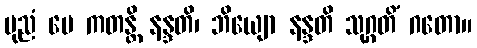
ပုညံ မေ ကတန္တိ နန္ဒတိ၊ ဘိယျော နန္ဒတိ သုဂ္ဂတိံ ဂတော။